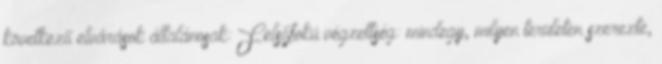
következő elvárások általánosak: Felsőfokú végzettség: mindegy, milyen területen szerezte,